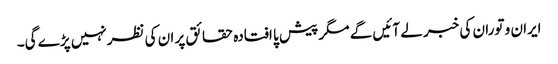
ایران و توران کی خبر لے آئیں گے مگر پیش پا افتادہ حقائق پر ان کی نظرنہیں پڑے گی۔